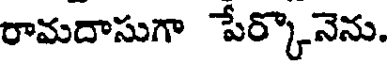
రామదాసుగా పేర్కొనెను.